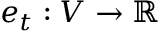
e _ { t } : V \to \mathbb { R }